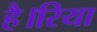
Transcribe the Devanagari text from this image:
है।रिया